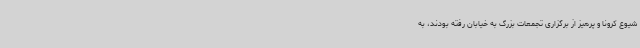
شیوع کرونا و پرهیز از برگزاری تجمعات بزرگ به خیابان رفته بودند، به